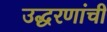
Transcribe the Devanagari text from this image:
उद्धरणांची